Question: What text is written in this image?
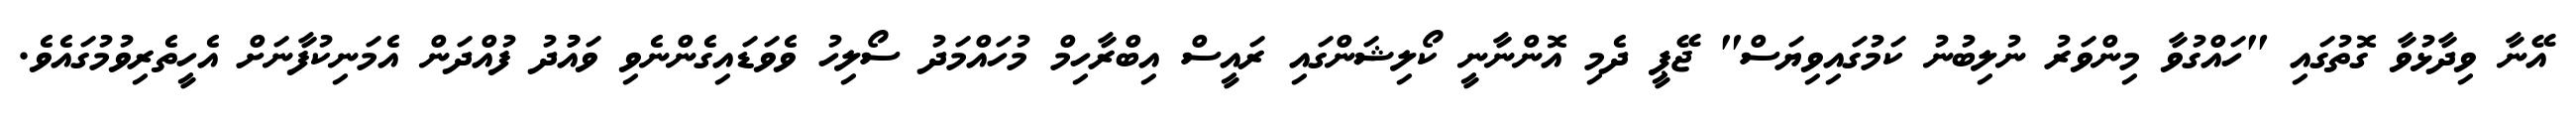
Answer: އޭނާ ވިދާޅުވާ ގޮތުގައި "ހައްގުވާ މިންވަރު ނުލިބުނު ކަމުގައިވިޔަސް" ޖޭޕީ ދެމި އޮންނާނީ ކޯލިޝަންގައި ރައީސް އިބްރާހިމް މުހައްމަދު ސޯލިހު ވެވަޑައިގެންނެވި ވައުުދު ފުއްދަން އެމަނިކުފާނަށް އެހީތެރިވުމުގައެވެ.